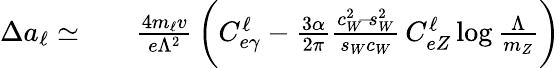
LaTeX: \begin{array}{rlr}{\Delta a_{\ell}\simeq}&{{}}&{\frac{4m_{\ell}v}{e\Lambda^{2}}\, \bigg(C_{e\gamma}^{\ell}-\frac{3\alpha}{2\pi}\frac{c_{W}^{2}\! -\! s_{W}^{2}}{s_{W}c_{W}}\, C_{eZ}^{\ell}\log\frac{\Lambda}{m_{Z}}\bigg)}\end{array}